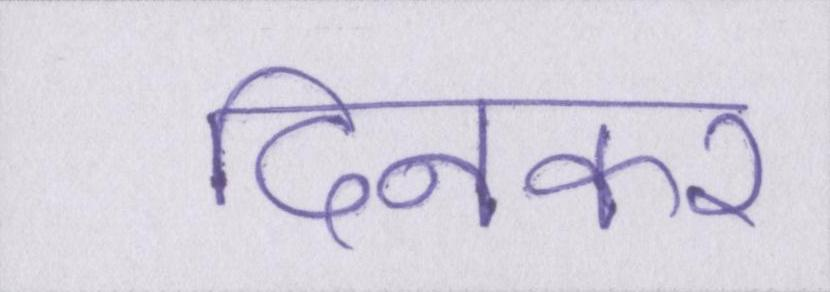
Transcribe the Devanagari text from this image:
दिनकर